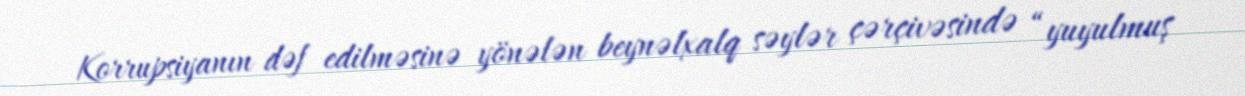
Korrupsiyanın dəf edilməsinə yönələn beynəlxalq səylər çərçivəsində “yuyulmuş